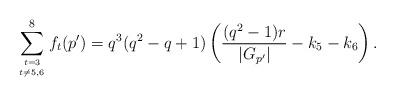
LaTeX: \begin{align*} \sum_{{t=3}\atop{t\neq 5,6}}^{8}f_t(p')=q^3(q^2-q+1)\left(\frac{(q^2-1)r}{|G_{p'}|}-k_5-k_6\right).\end{align*}